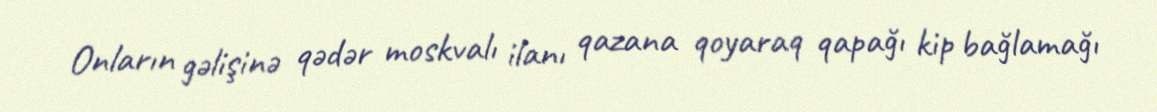
Onların gəlişinə qədər moskvalı ilanı qazana qoyaraq qapağı kip bağlamağı